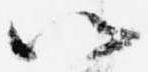
以